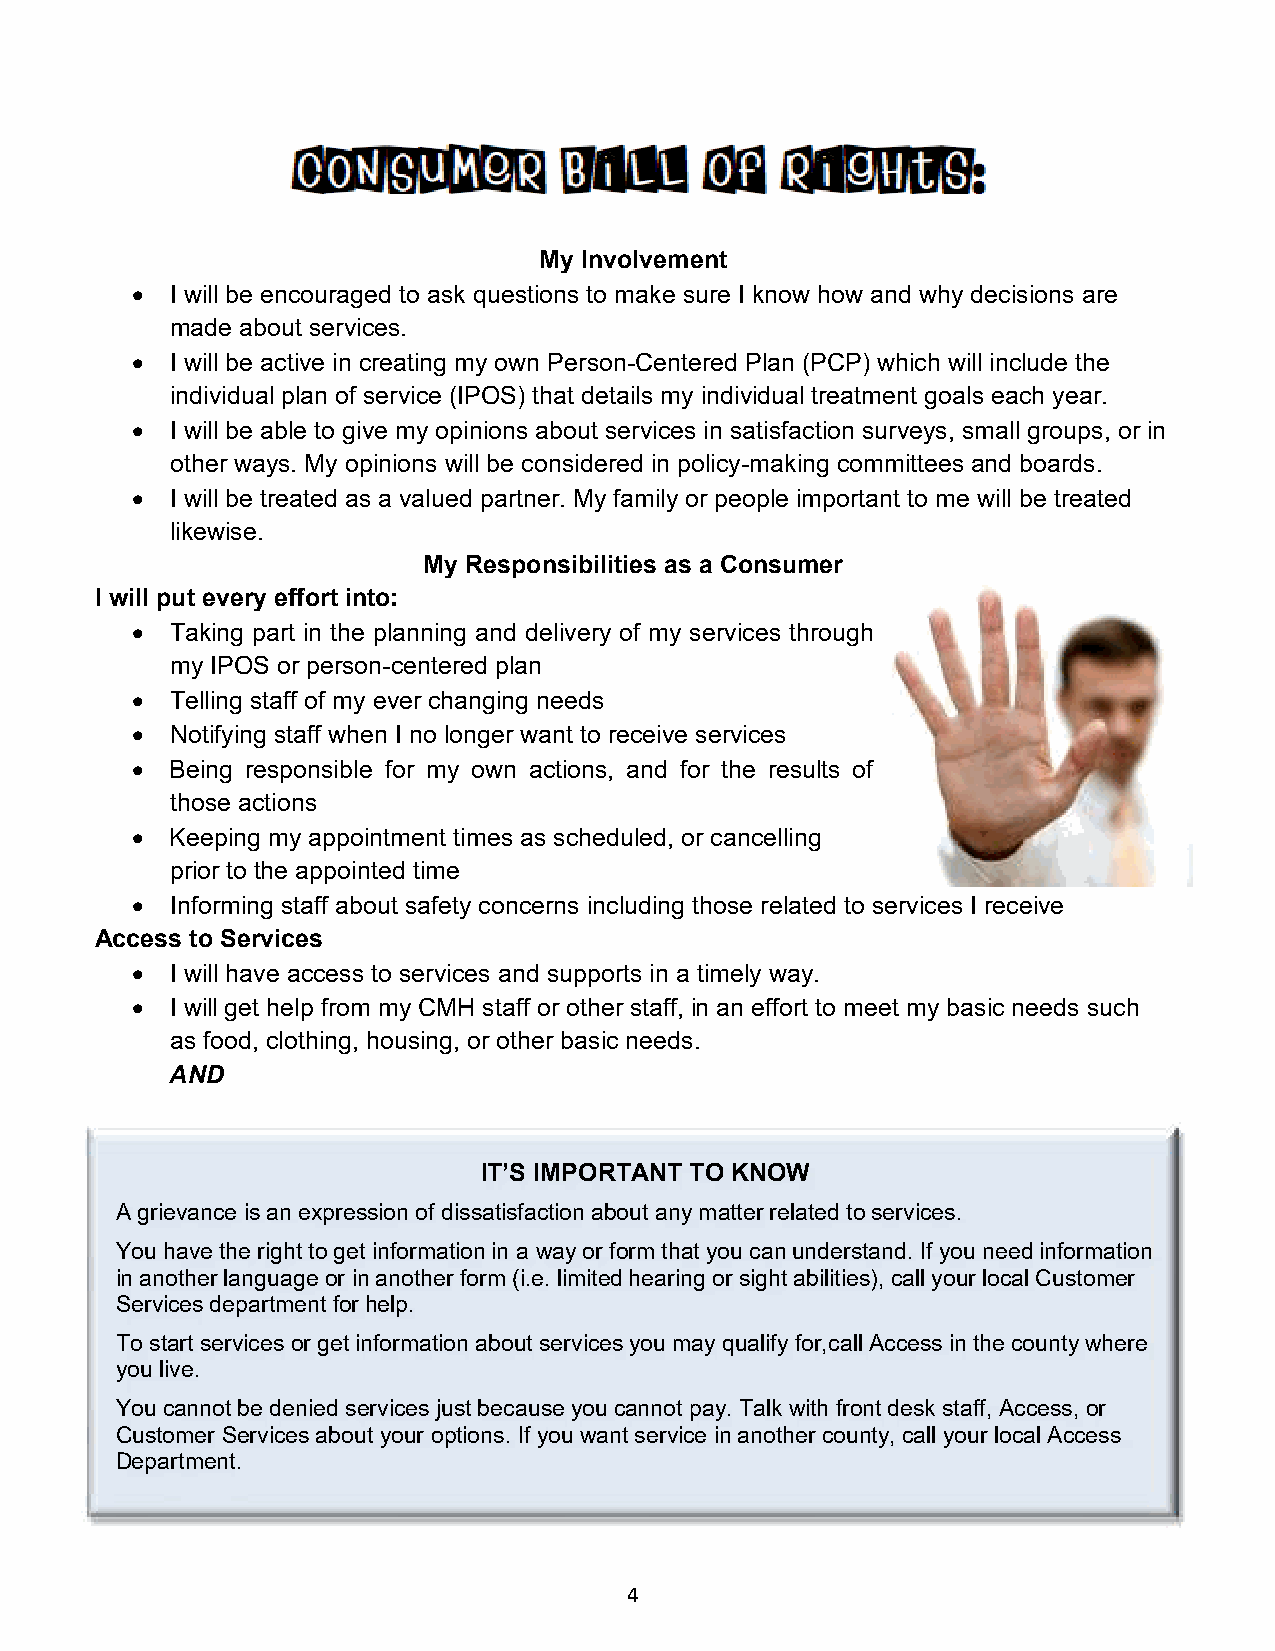
My Involvement
  I will be encouraged to ask questions to make sure I know how and why decisions are
 made about services.
  I will be active in creating my own Person-Centered Plan (PCP) which will include the
 individual plan of service (IPOS) that details my individual treatment goals each year.
  I will be able to give my opinions about services in satisfaction surveys, small groups, or in
 other ways. My opinions will be considered in policy-making committees and boards.
  I will be treated as a valued partner. My family or people important to me will be treated
 likewise.
 My Responsibilities as a Consumer
 I will put every effort into:
  Taking part in the planning and delivery of my services through
 my IPOS or person-centered plan
  Telling staff of my ever changing needs
  Notifying staff when I no longer want to receive services
  Being responsible for my own actions, and for the results of
 those actions
  Keeping my appointment times as scheduled, or cancelling
 prior to the appointed time
  Informing staff about safety concerns including those related to services I receive
 Access to Services
  I will have access to services and supports in a timely way.
  I will get help from my CMH staff or other staff, in an effort to meet my basic needs such
 as food, clothing, housing, or other basic needs.
 AND
 IT’S IMPORTANT TO KNOW
 A grievance is an expression of dissatisfaction about any matter related to services.
 You have the right to get information in a way or form that you can understand. If you need information
 in another language or in another form (i.e. limited hearing or sight abilities), call your local Customer
 Services department for help.
 To start services or get information about services you may qualify for,call Access in the county where
 you live.
 You cannot be denied services just because you cannot pay. Talk with front desk staff, Access, or
 Customer Services about your options. If you want service in another county, call your local Access
 Department.
 4